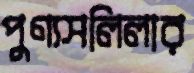
পুণ্যসলিলার